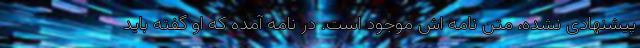
پیشنهادی نشده، متن نامه اش موجود است. در نامه آمده که او گفته باید